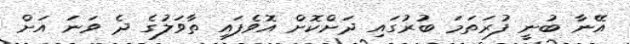
އޭނާ ބުނީ ފުރަތަމަ ބުރުގައި ދަށްކޮށް އޮވެފައި ތާވަލުގެ ދެ ވަނަ އަށް